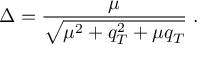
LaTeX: \Delta = \frac { \mu } { \sqrt { \mu ^ { 2 } + q _ { T } ^ { 2 } + \mu q _ { T } } } \; .